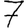
Digit: 7